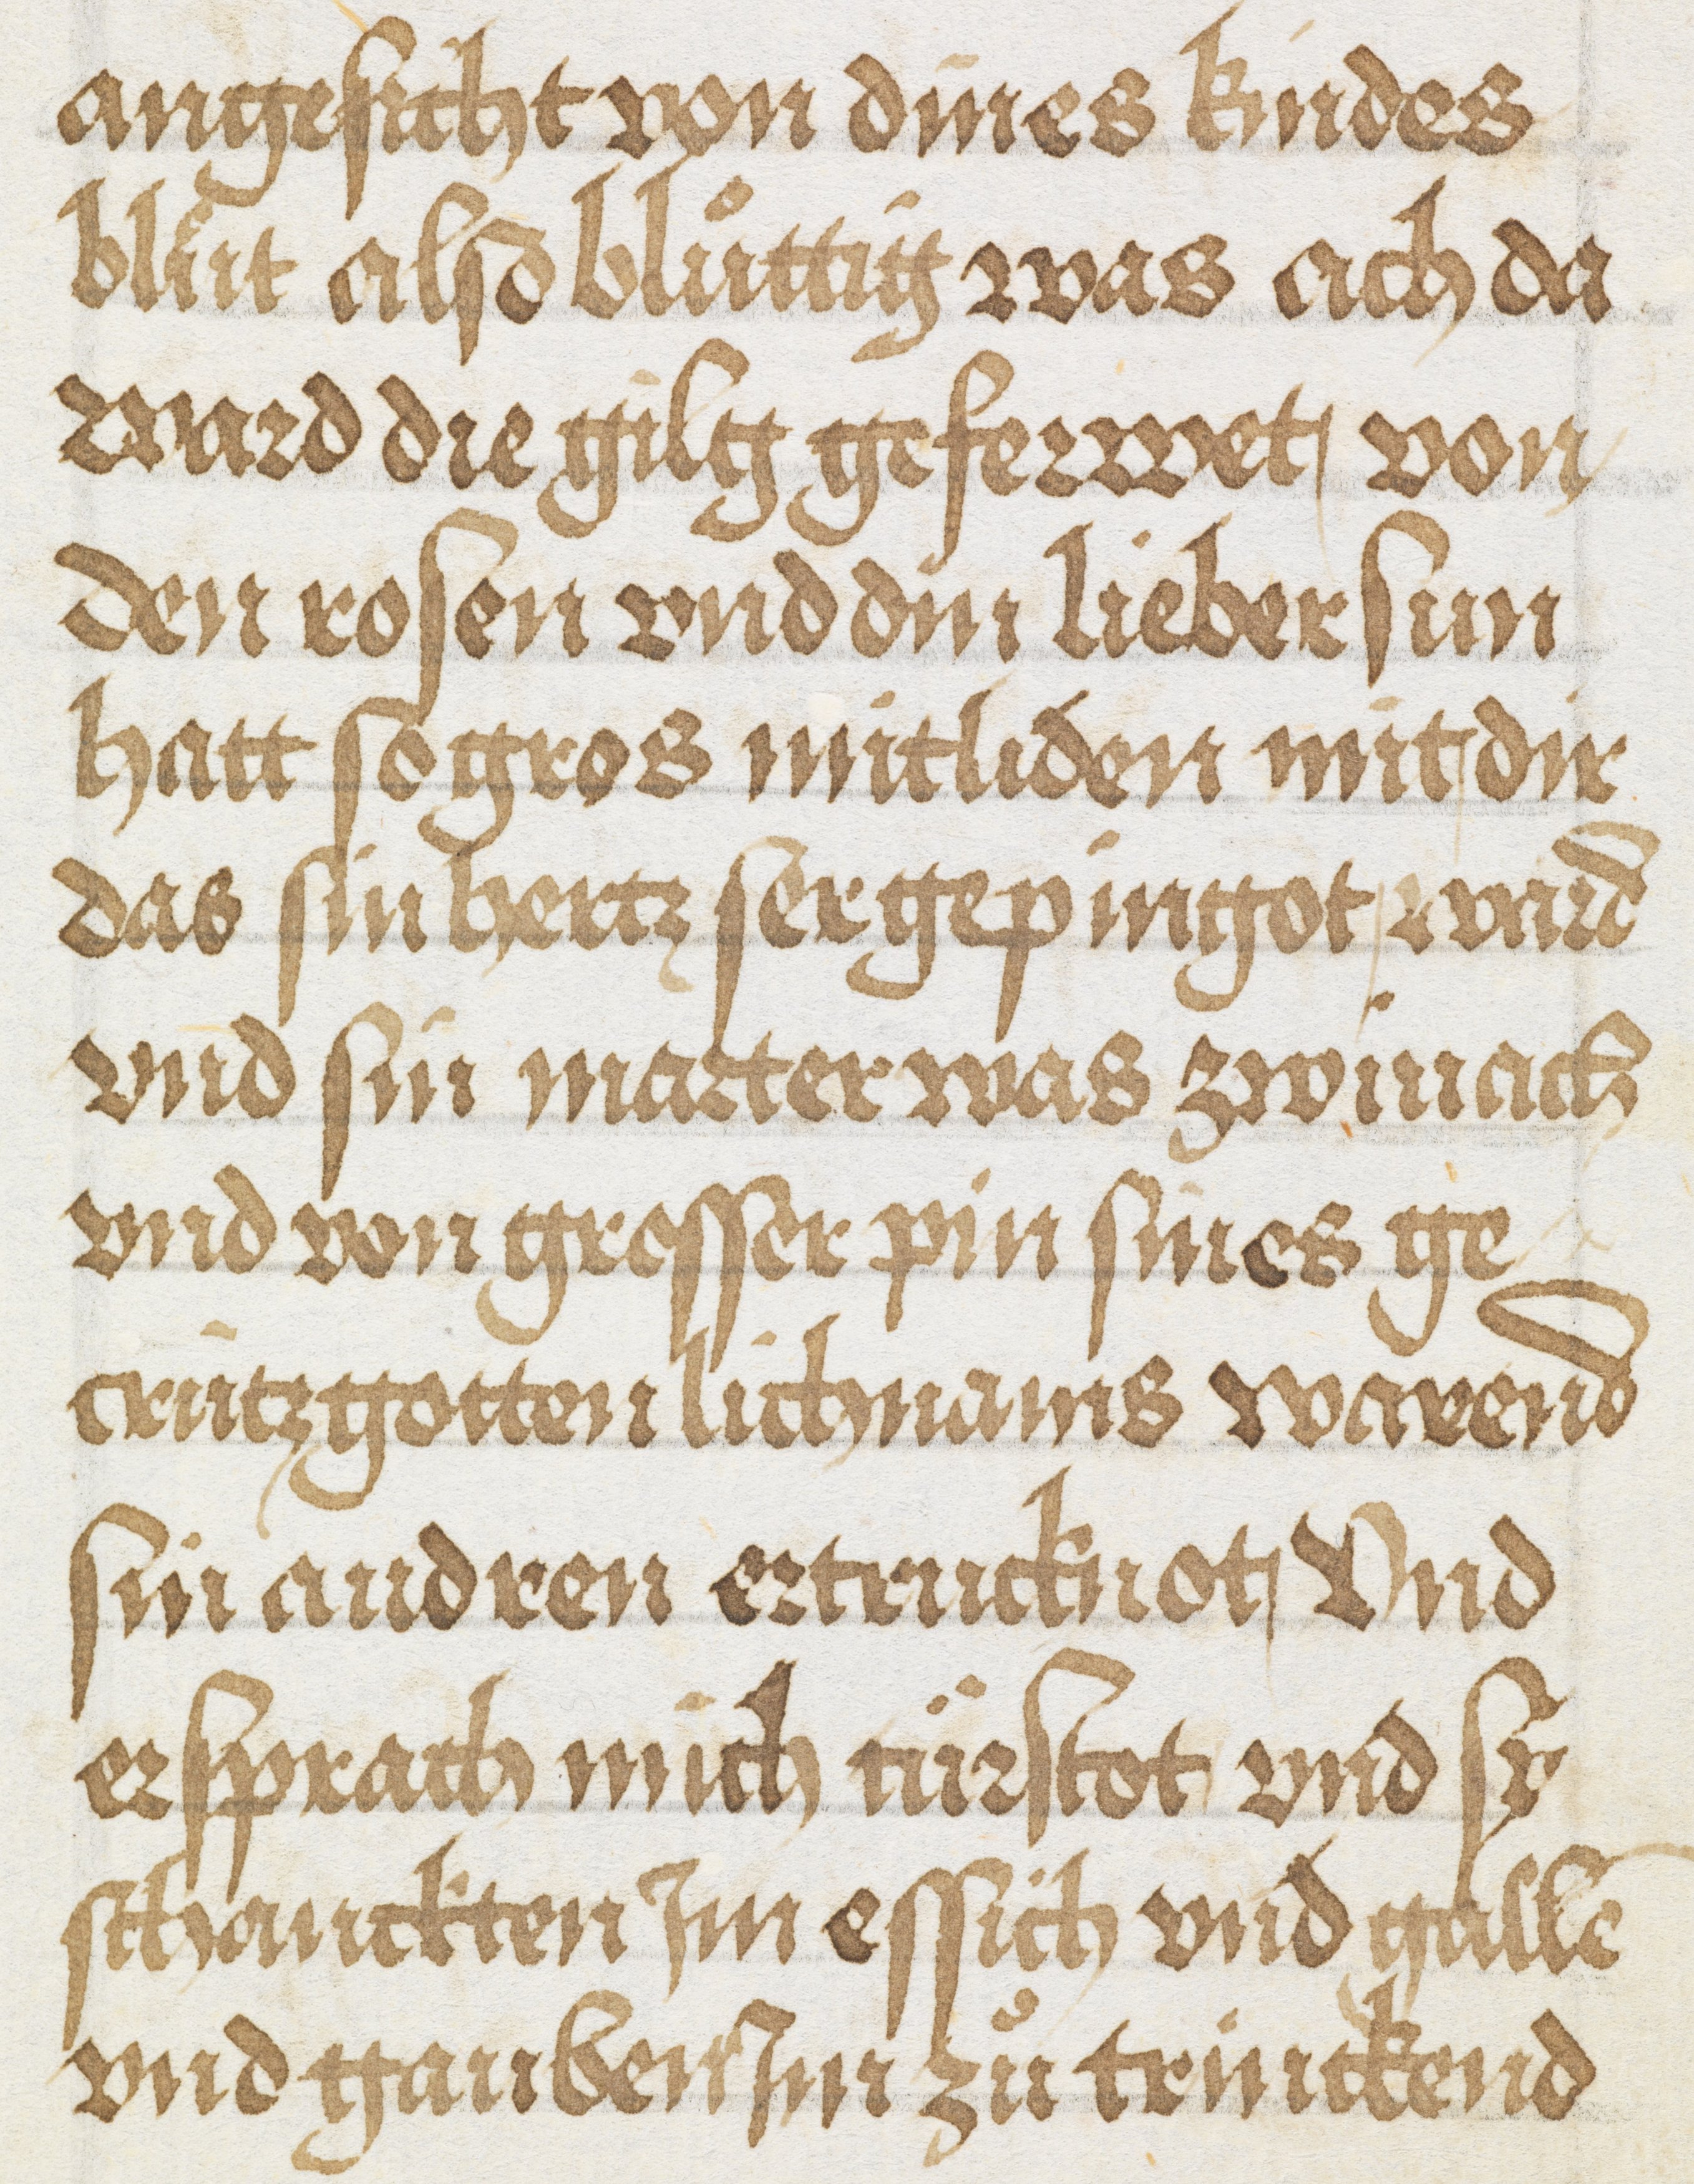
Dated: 1500–1524